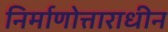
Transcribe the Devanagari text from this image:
निर्माणोत्ताराधीन